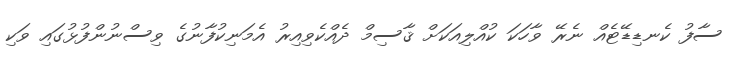
ސާފު ކެނޑިޑޭޓެއް ނެރޭ ވާހަކަ ކުއްލިއަކަށް ޤާސިމް ދެއްކެވިއިރު އެމަނިކުފާނުގެ ވިސްނުންފުޅުގައި ވަކި